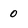
Character: 0